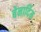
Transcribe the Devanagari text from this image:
बेनार्दिम